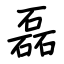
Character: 磊